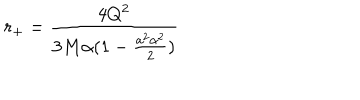
LaTeX: r _ { + } = \frac { 4 Q ^ { 2 } } { 3 M \alpha ( 1 - \frac { a ^ { 2 } \alpha ^ { 2 } } { 2 } ) }